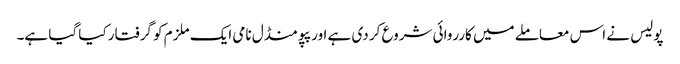
پولیس نے اس معاملے میں کارروائی شروع کر دی ہے اور پپو منڈل نامی ایک ملزم کو گرفتار کیا گیا ہے۔